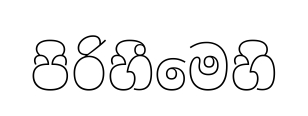
පිරිහීමෙහි